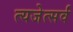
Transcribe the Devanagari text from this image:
त्यजेत्सर्वं